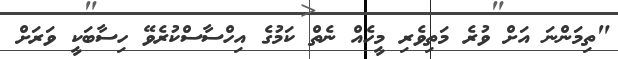
"ތިމަންނަ އަށް ވުރެ މަތިވެރި މީހެއް ނެތް ކަމުގެ އިހްސާސްކުރެވޭ ހިސާބަކީ ވަރަށް